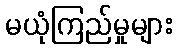
မယုံကြည်မှုများ